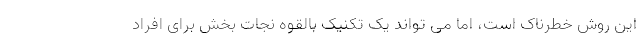
این روش خطرناک است، اما می تواند یک تکنیک بالقوه نجات بخش برای افراد